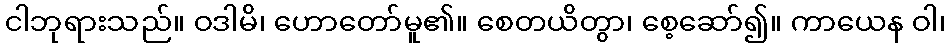
ငါဘုရားသည်။ ဝဒါမိ၊ ဟောတော်မူ၏။ စေတယိတွာ၊ စေ့ဆော်၍။ ကာယေန ဝါ၊